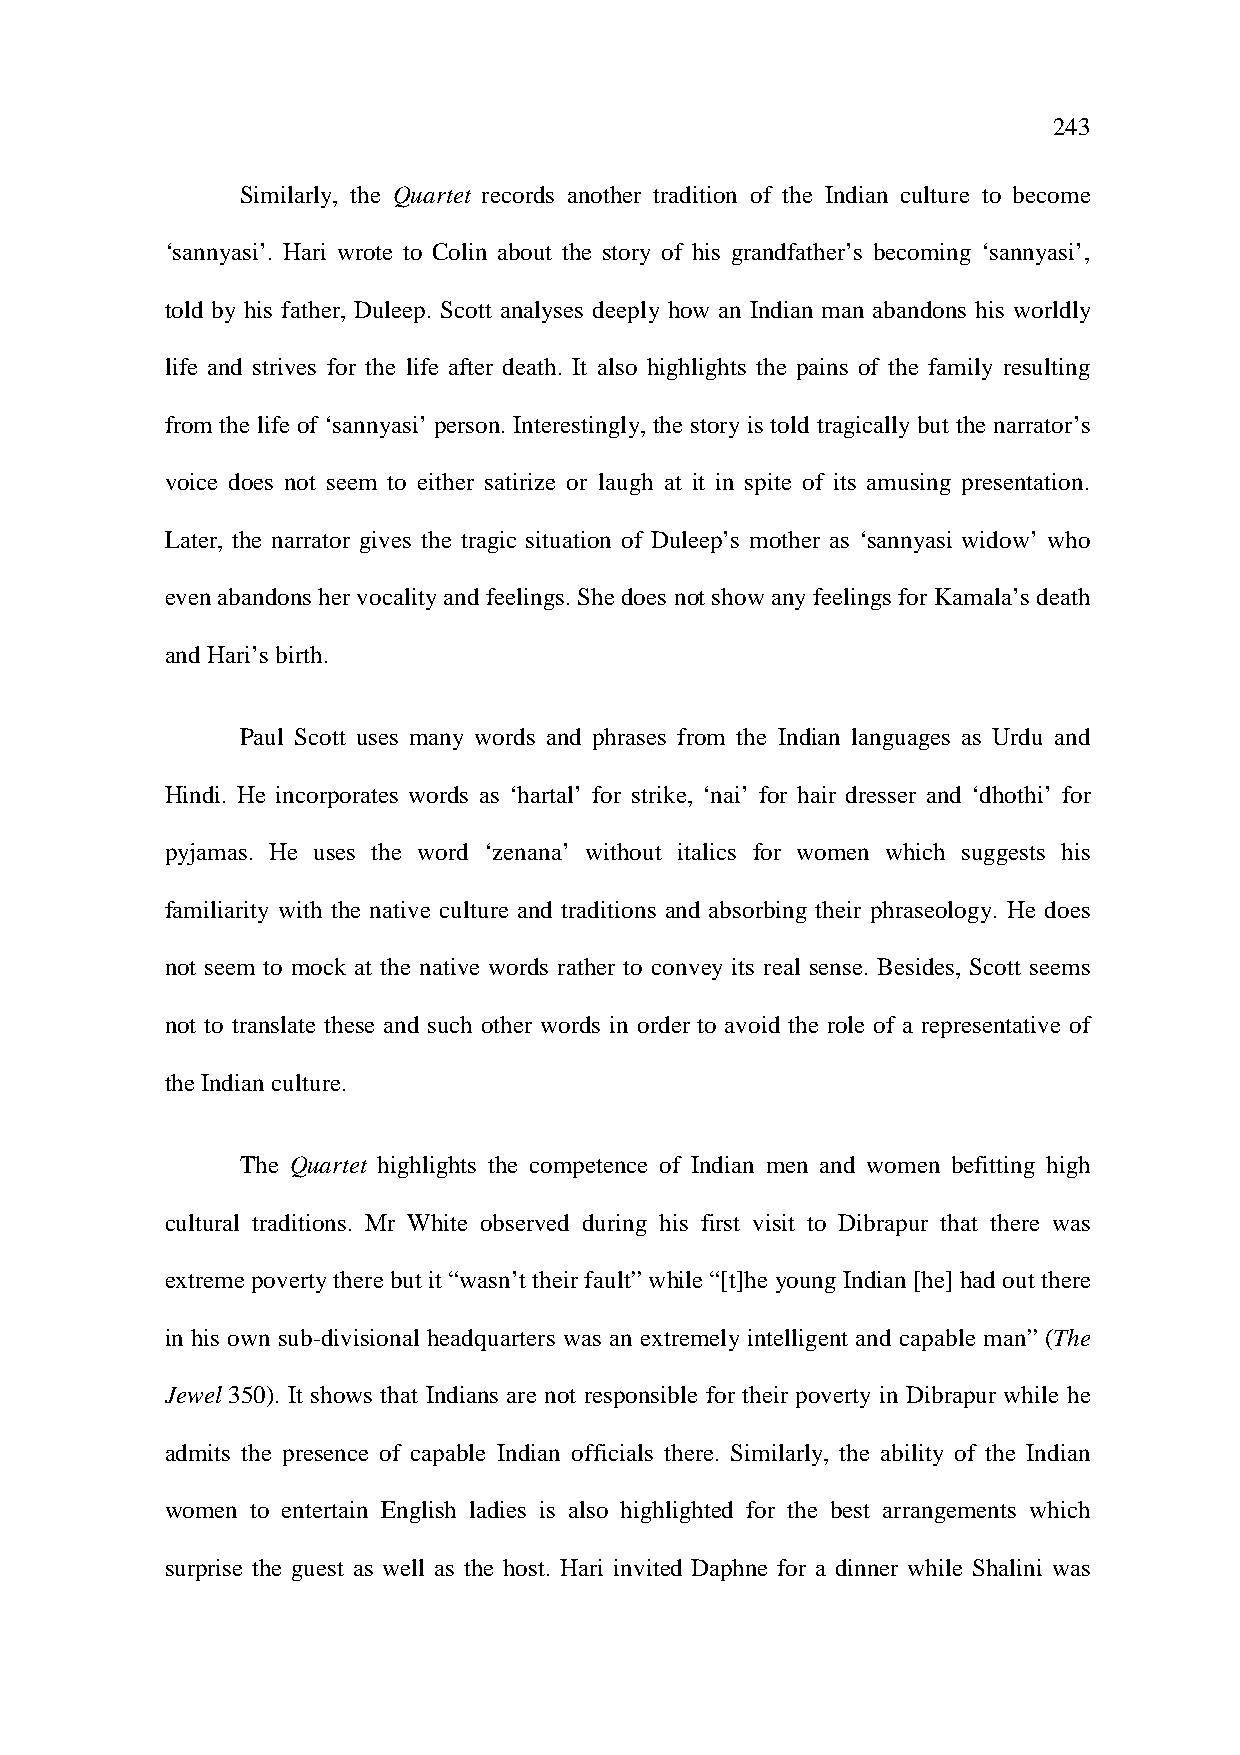
243
 Similarly, the Quartet records another tradition of the Indian culture to become
 ‘sannyasi’. Hari wrote to Colin about the story of his grandfather’s becoming ‘sannyasi’,
 told by his father, Duleep. Scott analyses deeply how an Indian man abandons his worldly
 life and strives for the life after death. It also highlights the pains of the family resulting
 from the life of ‘sannyasi’ person. Interestingly, the story is told tragically but the narrator’s
 voice does not seem to either satirize or laugh at it in spite of its amusing presentation.
 Later, the narrator gives the tragic situation of Duleep’s mother as ‘sannyasi widow’ who
 even abandons her vocality and feelings. She does not show any feelings for Kamala’s death
 and Hari’s birth.
 Paul Scott uses many words and phrases from the Indian languages as Urdu and
 Hindi. He incorporates words as ‘hartal’ for strike, ‘nai’ for hair dresser and ‘dhothi’ for
 pyjamas. He uses the word ‘zenana’ without italics for women which suggests his
 familiarity with the native culture and traditions and absorbing their phraseology. He does
 not seem to mock at the native words rather to convey its real sense. Besides, Scott seems
 not to translate these and such other words in order to avoid the role of a representative of
 the Indian culture.
 The Quartet highlights the competence of Indian men and women befitting high
 cultural traditions. Mr White observed during his first visit to Dibrapur that there was
 extreme poverty there but it “wasn’t their fault” while “[t]he young Indian [he] had out there
 in his own sub-divisional headquarters was an extremely intelligent and capable man” (The
 Jewel 350). It shows that Indians are not responsible for their poverty in Dibrapur while he
 admits the presence of capable Indian officials there. Similarly, the ability of the Indian
 women to entertain English ladies is also highlighted for the best arrangements which
 surprise the guest as well as the host. Hari invited Daphne for a dinner while Shalini was